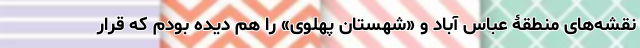
نقشه‌های منطقۀ عباس آباد و «شهستان پهلوی» را هم دیده بودم که قرار